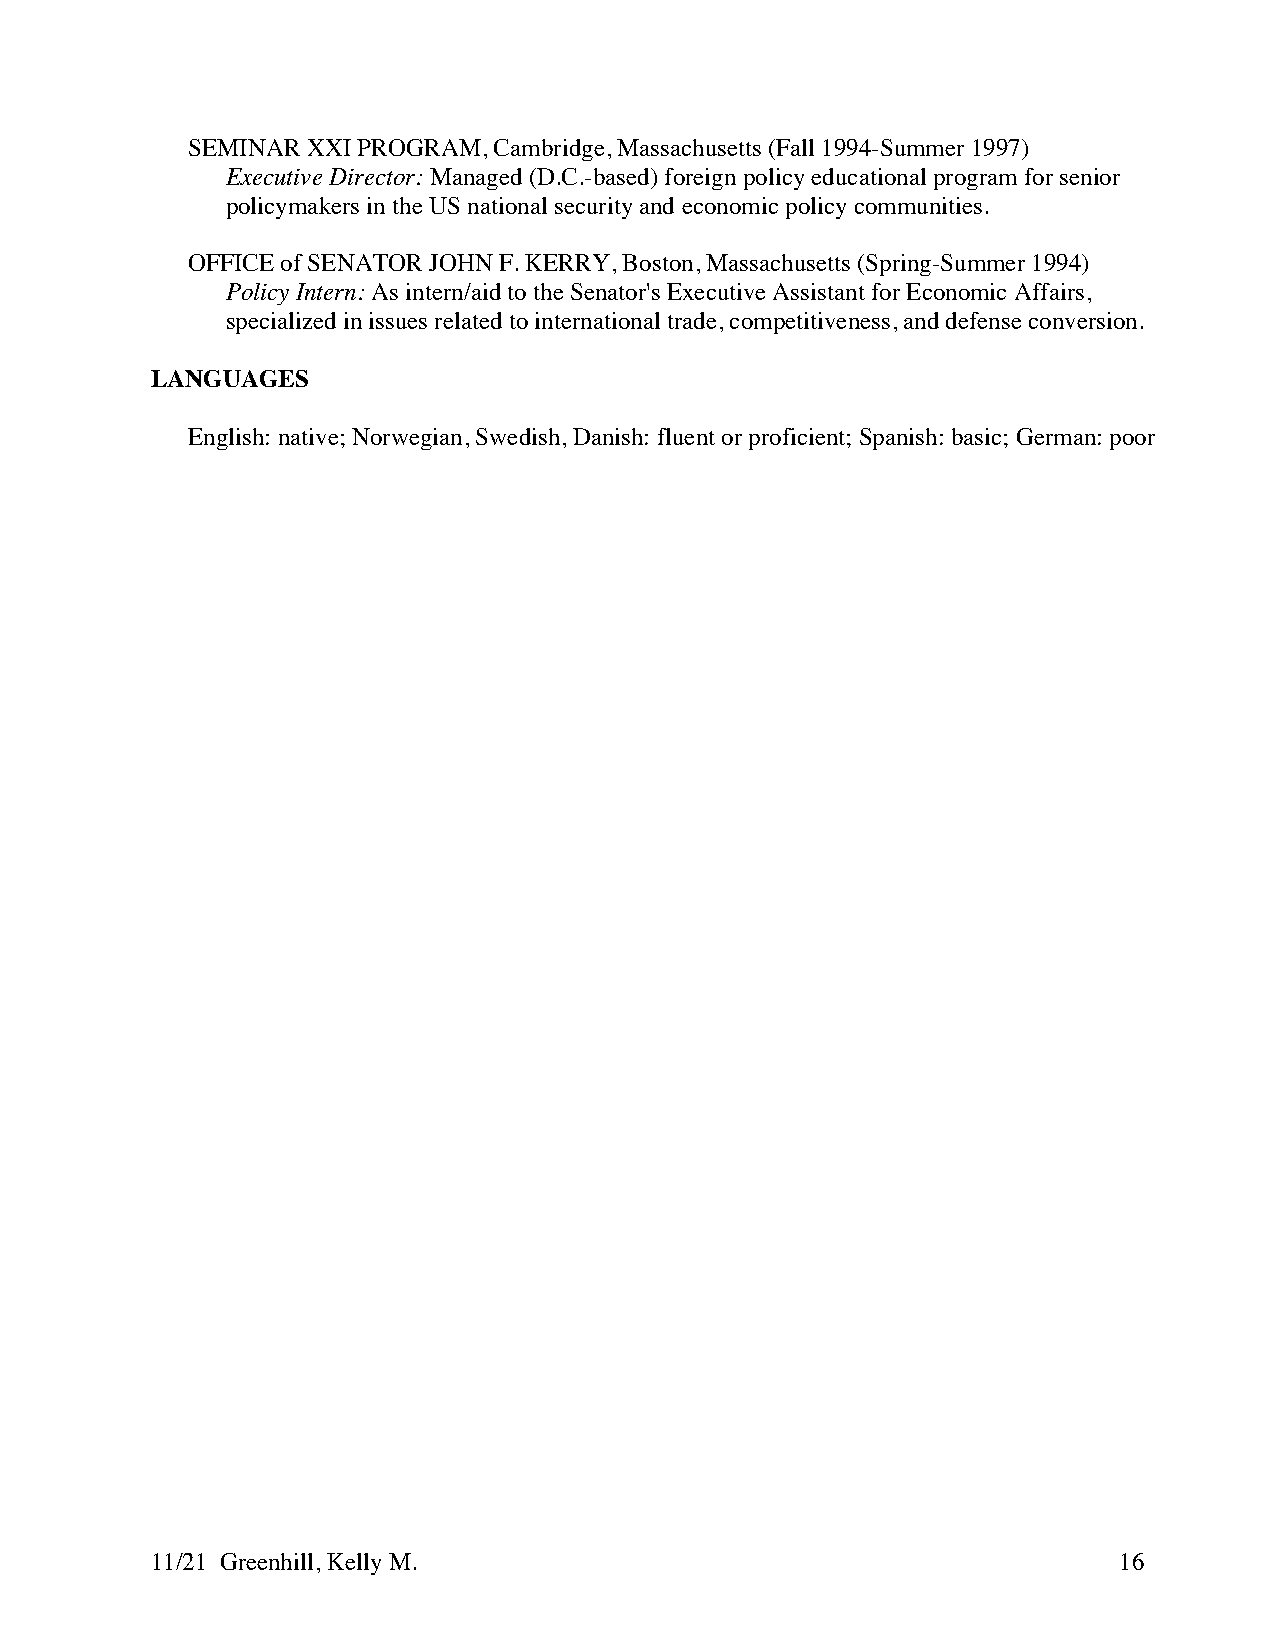
SEMINAR XXI PROGRAM, Cambridge, Massachusetts (Fall 1994-Summer 1997)
 Executive Director: Managed (D.C.-based) foreign policy educational program for senior
 policymakers in the US national security and economic policy communities.
 OFFICE of SENATOR JOHN F. KERRY, Boston, Massachusetts (Spring-Summer 1994)
 Policy Intern: As intern/aid to the Senator's Executive Assistant for Economic Affairs,
 specialized in issues related to international trade, competitiveness, and defense conversion.
 LANGUAGES
 English: native; Norwegian, Swedish, Danish: fluent or proficient; Spanish: basic; German: poor
 11/21 Greenhill, Kelly M.                                       16